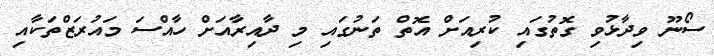
ސޯނޫ ވިދާޅުވި ގޮތުގައި ކުރިއަށް އޮތް ތަނުގައި މި ދާއިރާއަށް ހާއްސަ މައުރަޒްތަކާއި